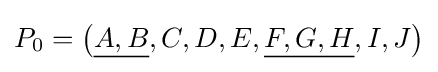
P_{0}=\left({\underline {A,B}},C,D,E,{\underline {F,G,H}},I,J\right)